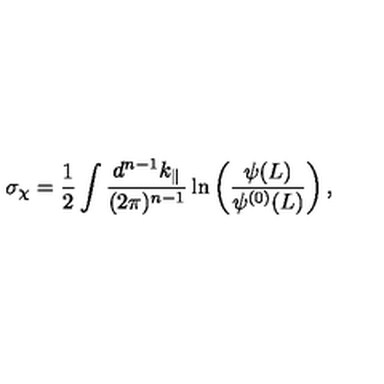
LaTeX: \sigma _ { \chi } = \frac { 1 } { 2 } \int \frac { d ^ { n - 1 } k _ { \| } } { ( 2 \pi ) ^ { n - 1 } } \ln \left( \frac { \psi ( L ) } { \psi ^ { ( 0 ) } ( L ) } \right) ,